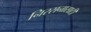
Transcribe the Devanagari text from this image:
निरसनासाठी